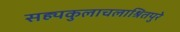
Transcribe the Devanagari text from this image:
सह्यकुलाचलाश्रितपुरे